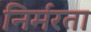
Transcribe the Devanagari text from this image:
निर्मरता